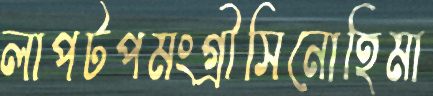
লাপটপমংগ্রীসিনোহিমা